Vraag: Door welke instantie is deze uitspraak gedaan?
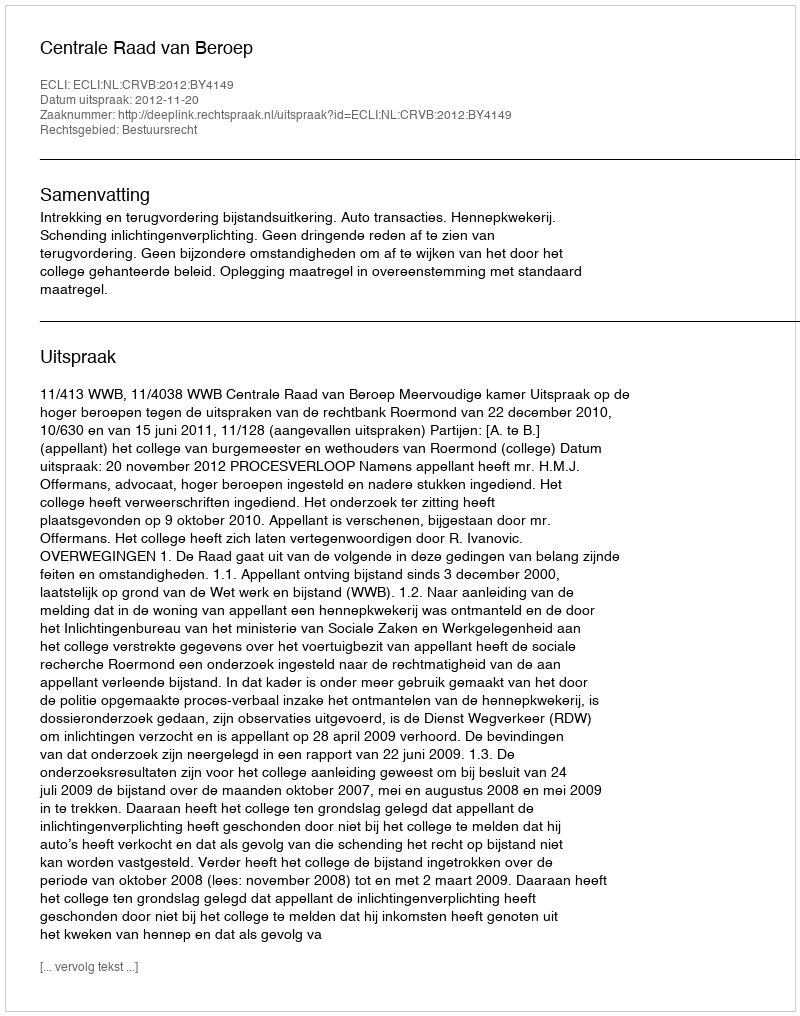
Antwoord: Centrale Raad van Beroep